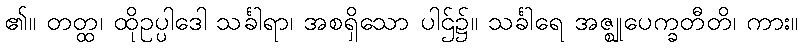
၏။ တတ္ထ၊ ထိုဥပ္ပါဒေါ သင်္ခါရာ၊ အစရှိသော ပါဌ်၌။ သင်္ခါရေ အဇ္ဈုပေက္ခတီတိ၊ ကား။